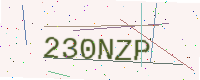
Text: 230NZP